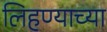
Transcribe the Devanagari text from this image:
लिहण्याच्या